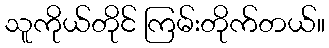
သူကိုယ်တိုင် ကြမ်းတိုက်တယ်။